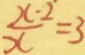
\frac { x - 2 } { x } = 3